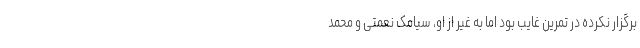
برگزار نکرده در تمرین غایب بود اما به غیر از او، سیامک نعمتی و محمد